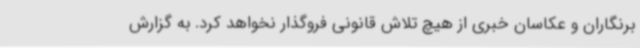
برنگاران و عکاسان خبری از هیچ تلاش قانونی فروگذار نخواهد کرد. به گزارش